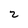
Character: 2